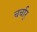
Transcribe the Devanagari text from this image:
चर्चार्